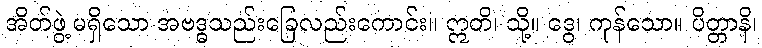
အိတ်ဖွဲ့မရှိသော အဗဒ္ဓသည်းခြေလည်းကောင်း။ ဣတိ၊ သို့။ ဒွေ၊ ကုန်သော။ ပိတ္တာနိ၊